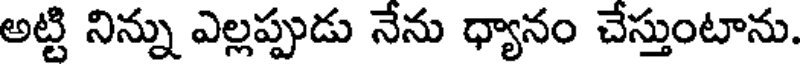
అట్టి నిన్ను ఎల్లప్పుడు నేను ధ్యానం చేస్తుంటాను.